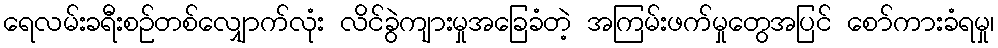
ရေလမ်းခရီးစဉ်တစ်လျှောက်လုံး လိင်ခွဲကျားမှုအခြေခံတဲ့ အကြမ်းဖက်မှုတွေအပြင် စော်ကားခံရမှု၊